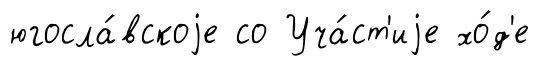
югосла́вскоjе со Уча́ст'иjе хо́д'е